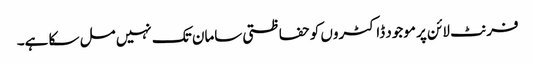
فرنٹ لائن پر موجود ڈاکٹروں کو حفاظتی سامان تک نہیں مل سکا ہے۔